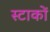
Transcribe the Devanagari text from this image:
स्टाकों